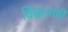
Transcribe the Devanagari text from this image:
विधानांची